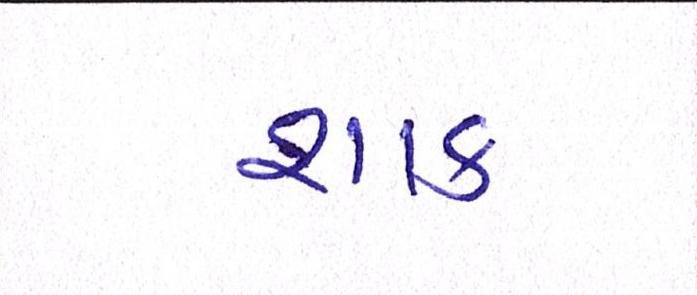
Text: શાક